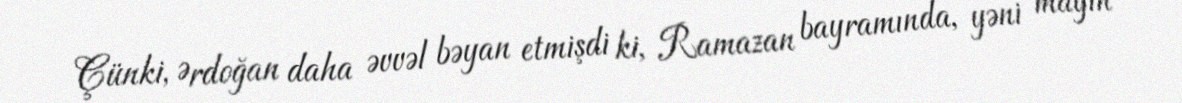
Çünki, Ərdoğan daha əvvəl bəyan etmişdi ki, Ramazan bayramında, yəni mayın